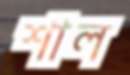
শাল